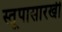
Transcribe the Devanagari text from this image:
स्तूपासारखी